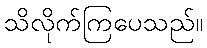
သိလိုက်ကြပေသည်။